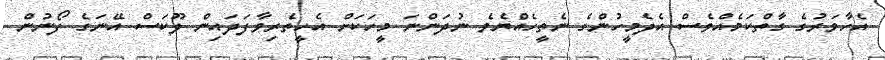
އެހާވަރުގެ ގާތްކަމެއްވެސް އެދެމީހުންގެ ނެތީހެއްޔެވެ ނުދަންނަ މީހަކަށް އެހީތެރިވާފަދައިން ލޫކަސް އޭނަގެ ފޯނުން